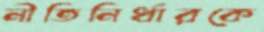
নীতিনির্ধারকে